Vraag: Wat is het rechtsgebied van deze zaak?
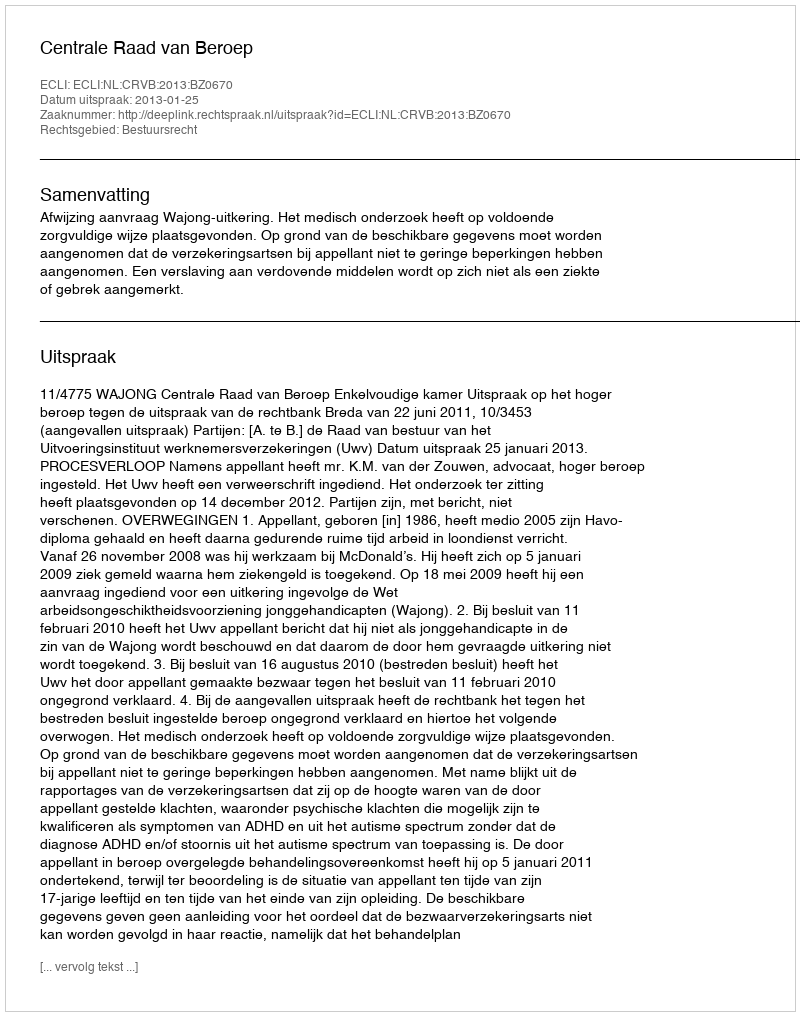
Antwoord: Bestuursrecht